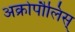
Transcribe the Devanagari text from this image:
अक्रोपौलिस्‌